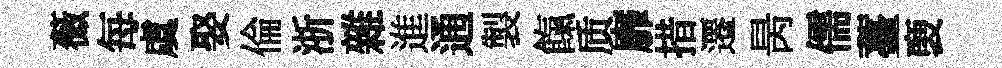
薇每虞娶倫浙雜進通製餼质靡措遷昺儒薹褏